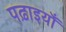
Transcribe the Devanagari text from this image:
पढ़ाइयाँ